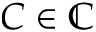
C \in \mathbb C